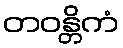
တဝန္တိကံ